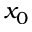
x _ { 0 }